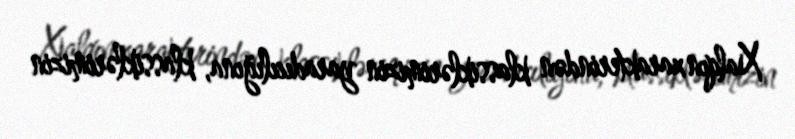
Xalqın xarakterindən klassiklərimizin yaradıcılığına, klassiklərimizin